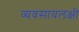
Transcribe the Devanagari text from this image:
व्यवसायलक्षी